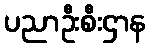
ပညာဦးစီးဌာန